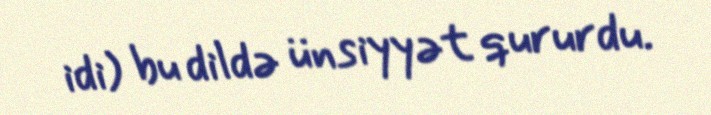
idi) bu dildə ünsiyyət qururdu.